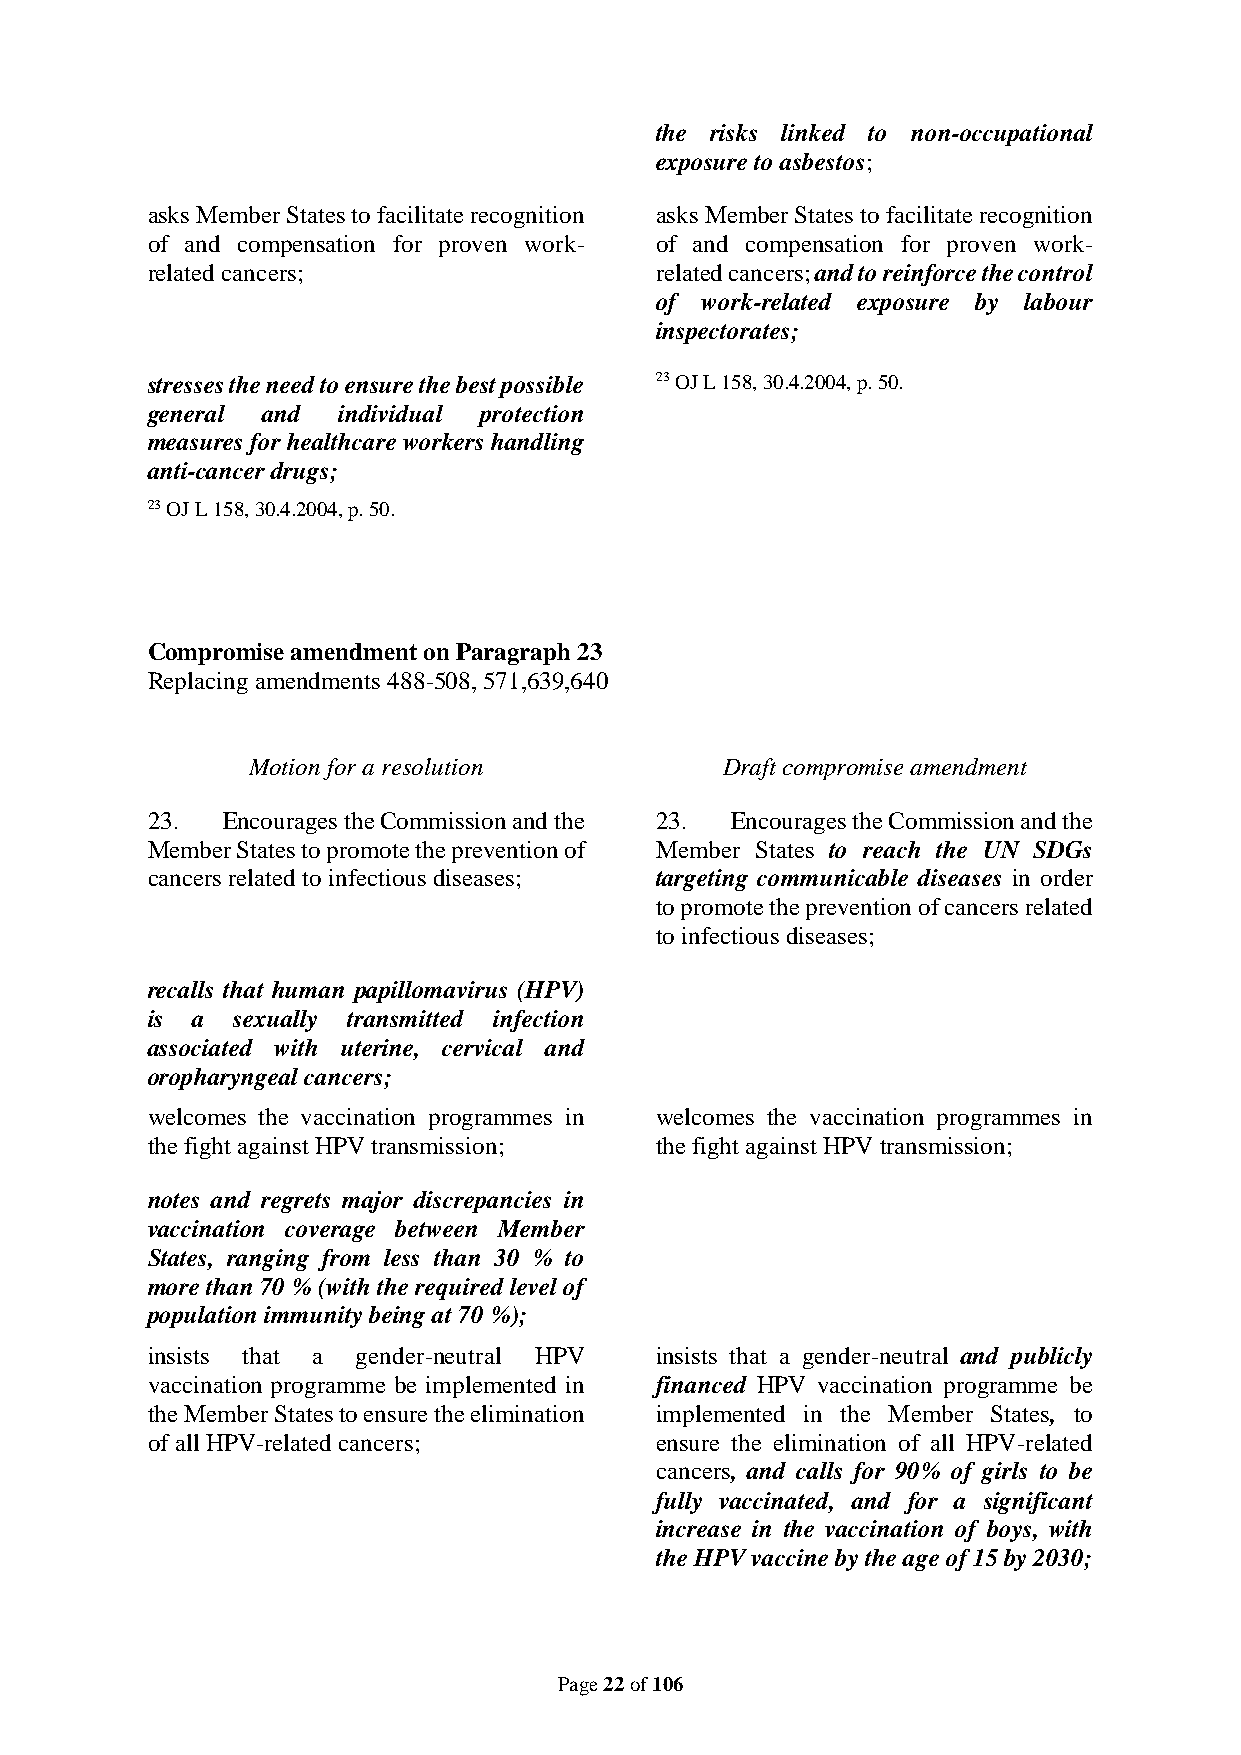
the risks linked to non-occupational
 exposure to asbestos;
 asks Member States to facilitate recognition asks Member States to facilitate recognition
 of and compensation for proven work- of and compensation for proven work-
 related cancers;                 related cancers; and to reinforce the control
 of work-related exposure by labour
 inspectorates;
 stresses the need to ensure the best possible 23 OJ L 158, 30.4.2004, p. 50.
 general and individual protection
 measures for healthcare workers handling
 anti-cancer drugs;
 23 OJ L 158, 30.4.2004, p. 50.
 Compromise amendment on Paragraph 23
 Replacing amendments 488-508, 571,639,640
 Motion for a resolution         Draft compromise amendment
 23.  Encourages the Commission and the 23. Encourages the Commission and the
 Member States to promote the prevention of Member States to reach the UN SDGs
 cancers related to infectious diseases; targeting communicable diseases in order
 to promote the prevention of cancers related
 to infectious diseases;
 recalls that human papillomavirus (HPV)
 is a  sexually transmitted infection
 associated with uterine, cervical and
 oropharyngeal cancers;
 welcomes the vaccination programmes in welcomes the vaccination programmes in
 the fight against HPV transmission; the fight against HPV transmission;
 notes and regrets major discrepancies in
 vaccination coverage between Member
 States, ranging from less than 30 % to
 more than 70 % (with the required level of
 population immunity being at 70 %);
 insists that a gender-neutral HPV insists that a gender-neutral and publicly
 vaccination programme be implemented in financed HPV vaccination programme be
 the Member States to ensure the elimination implemented in the Member States, to
 of all HPV-related cancers;      ensure the elimination of all HPV-related
 cancers, and calls for 90% of girls to be
 fully vaccinated, and for a significant
 increase in the vaccination of boys, with
 the HPV vaccine by the age of 15 by 2030;
 Page 22 of 106